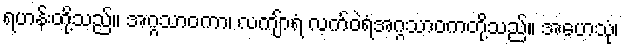
ရဟန်းတို့သည်။ အဂ္ဂသာဝကာ၊ လကျ်ာရံ လက်ဝဲရံအဂ္ဂသာဝကတို့သည်။ အဟေသုံ၊